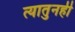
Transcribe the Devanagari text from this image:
त्यातुनही